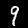
Digit: 9